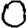
Digit: 0